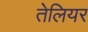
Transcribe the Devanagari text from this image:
तेलियर